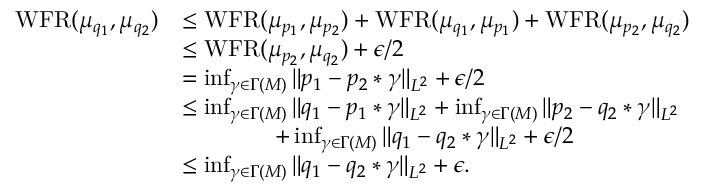
\begin{array} { r l } { \operatorname { W F R } ( \mu _ { q _ { 1 } } , \mu _ { q _ { 2 } } ) } & { \leq \operatorname { W F R } ( \mu _ { p _ { 1 } } , \mu _ { p _ { 2 } } ) + \operatorname { W F R } ( \mu _ { q _ { 1 } } , \mu _ { p _ { 1 } } ) + \operatorname { W F R } ( \mu _ { p _ { 2 } } , \mu _ { q _ { 2 } } ) } \\ & { \leq \operatorname { W F R } ( \mu _ { p _ { 2 } } , \mu _ { q _ { 2 } } ) + \epsilon / 2 } \\ & { = \operatorname* { i n f } _ { \gamma \in \Gamma ( M ) } \| p _ { 1 } - p _ { 2 } * \gamma \| _ { L ^ { 2 } } + \epsilon / 2 } \\ & { \leq \operatorname* { i n f } _ { \gamma \in \Gamma ( M ) } \| q _ { 1 } - p _ { 1 } * \gamma \| _ { L ^ { 2 } } + \operatorname* { i n f } _ { \gamma \in \Gamma ( M ) } \| p _ { 2 } - q _ { 2 } * \gamma \| _ { L ^ { 2 } } } \\ & { \qquad \qquad + \operatorname* { i n f } _ { \gamma \in \Gamma ( M ) } \| q _ { 1 } - q _ { 2 } * \gamma \| _ { L ^ { 2 } } + \epsilon / 2 } \\ & { \leq \operatorname* { i n f } _ { \gamma \in \Gamma ( M ) } \| q _ { 1 } - q _ { 2 } * \gamma \| _ { L ^ { 2 } } + \epsilon . } \end{array}